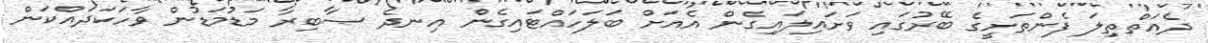
ދެއަތްތިލަ ފެންތަށީގެ ބޭރުގައި ވަށައިލައިގެން އެއަށް ބަލަހައްޓައިގެން އިނދެ ޞާބިރާ މަޑުމަޑުން ވާހަކަދައްކަން